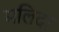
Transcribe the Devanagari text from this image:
मलिदा